Problem: 4 × 3 = ?
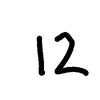
Handwritten answer: 12